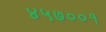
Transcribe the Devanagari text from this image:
४५७००१